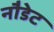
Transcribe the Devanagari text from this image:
नौडेट